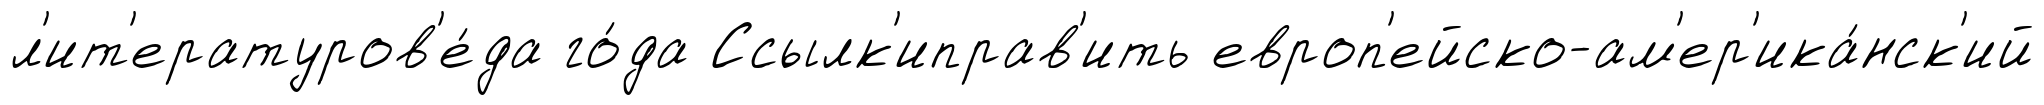
л'ит'ературов'е́да го́да Ссылк'иправ'ить европ'ейско-ам'ер'ика́нск'ий